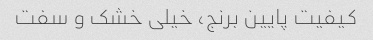
کیفیت پایین برنج، خیلی خشک و سفت